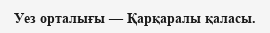
Уез орталығы — Қарқаралы қаласы.